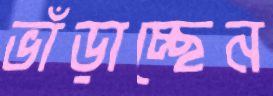
ভাঁড়াচ্ছেন